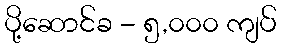
ပို့ဆောင်ခ - ၅,၀၀၀ ကျပ်